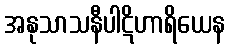
အနုသာသနီပါဋိဟာရိယေန